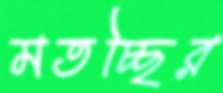
মতচ্ছির